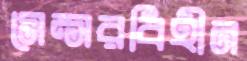
সেন্সরবিহীন